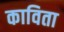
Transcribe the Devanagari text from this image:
काविता